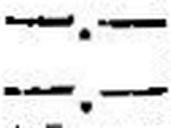
—.—